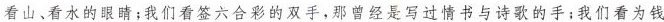
看山、看水的眼睛;我们看签六合彩的双手，那曾经是写过情书与诗歌的手;我们看为钱